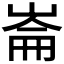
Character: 崙